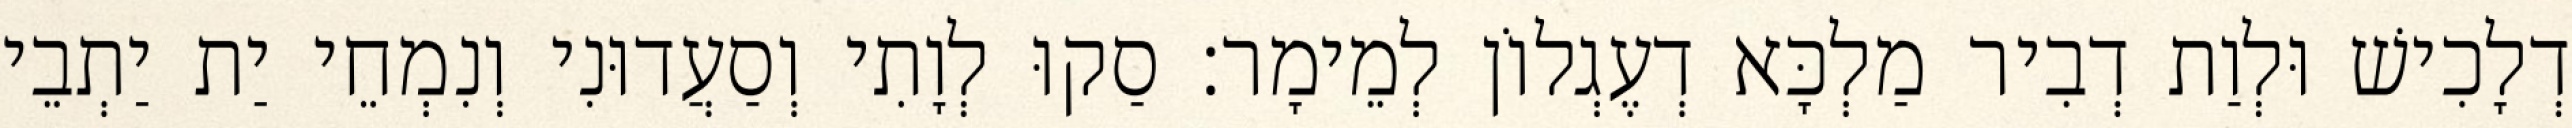
דְלָכִישׁ וּלְוַת דְבִיר מַלְכָּא דְעֶגְלוֹן לְמֵימָר׃ סַקוּ לְוָתִי וְסַעֲדוּנִי וְנִמְחֵי יַת יַתְבֵי